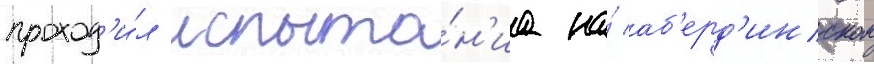
проход'и́л испыта́н'иа на́ аб'ерд'инском